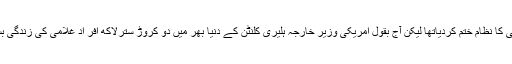
اسلام نے غلامی کا نظام ختم کردیاتھا لیکن آج بقول امریکی وزیر خارجہ ہلیری کلنٹن کے دنیا بھر میں دو کروڑ سترلاکھ افر اد غلامی کی زندگی بسرکررہے ہیں۔